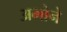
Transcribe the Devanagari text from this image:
अभोने